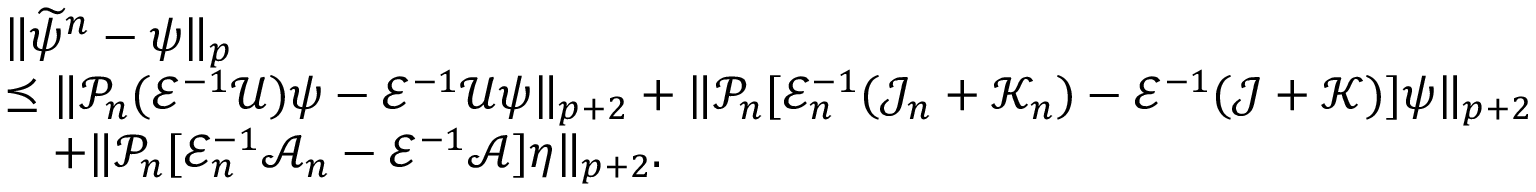
\begin{array} { r l } & { \| \widetilde \psi ^ { n } - \psi \| _ { p } } \\ & { \preceq \| \mathcal { P } _ { n } ( \mathcal { E } ^ { - 1 } \mathcal { U } ) \psi - \mathcal { E } ^ { - 1 } \mathcal { U } \psi \| _ { p + 2 } + \| \mathcal { P } _ { n } [ \mathcal { E } _ { n } ^ { - 1 } ( \mathcal { J } _ { n } + \mathcal { K } _ { n } ) - \mathcal { E } ^ { - 1 } ( \mathcal { J } + \mathcal { K } ) ] \psi \| _ { p + 2 } } \\ & { \quad + \| \mathcal { P } _ { n } [ \mathcal { E } _ { n } ^ { - 1 } \mathcal { A } _ { n } - \mathcal { E } ^ { - 1 } \mathcal { A } ] \eta \| _ { p + 2 } . } \end{array}